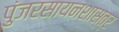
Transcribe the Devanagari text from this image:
पुंजरसायनशास्त्र